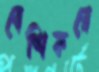
বেশিকরে